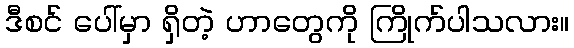
ဒီစင် ပေါ်မှာ ရှိတဲ့ ဟာတွေကို ကြိုက်ပါသလား။